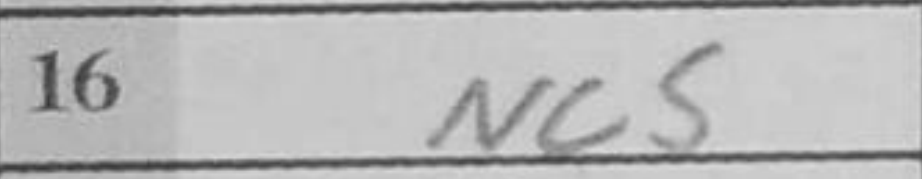
Transcription: Nc5